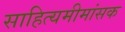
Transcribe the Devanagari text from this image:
साहित्यमीमांसक